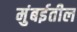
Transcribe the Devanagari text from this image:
मुंबर्इतील